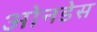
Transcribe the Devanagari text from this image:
ओनडेस